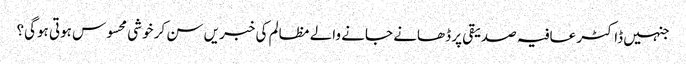
جنہیں ڈاکٹر عافیہ صدیقی پر ڈھانے جانے والے مظالم کی خبریں سن کر خوشی محسوس ہوتی ہوگی؟